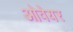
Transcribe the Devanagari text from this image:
ओवेयर